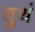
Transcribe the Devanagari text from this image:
तुथं